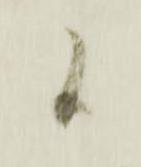
候